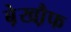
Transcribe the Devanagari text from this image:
बे़खौ़फ